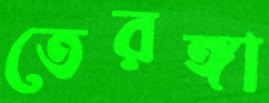
তেরঙ্গা